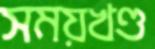
সময়খণ্ড